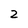
Character: 2